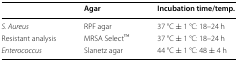
<table><thead><tr><td></td><td><b>Agar</b></td><td><b>Incubation time/temp.</b></td></tr></thead><tbody><tr><td><i>S. Aureus</i></td><td>RPF agar</td><td>37 °C ± 1 °C: 18–24 h</td></tr><tr><td>Resistant analysis</td><td>MRSA SelectTM</td><td>37 °C ± 1 °C: 18–24 h</td></tr><tr><td><i>Enterococcus</i></td><td>Slanetz agar</td><td>44 °C ± 1 °C: 48 ± 4 h</td></tr></tbody></table>